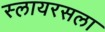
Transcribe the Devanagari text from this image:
स्लायरसला